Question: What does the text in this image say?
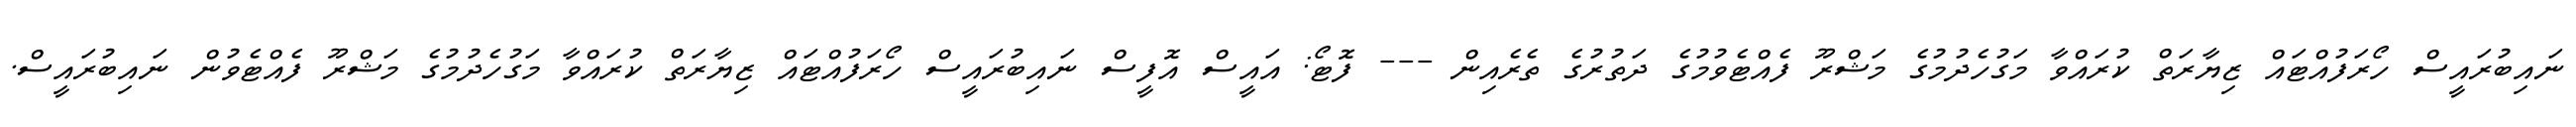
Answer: ނައިބުރައީސް ހޯރަފުއްޓައް ޒިޔާރަތް ކުރައްވާ މަގުހެދުމުގެ މަޝްރޫ ފެއްޓެވުމުގެ ދަތުރުގެ ތެރެއިން --- ފޮޓޯ: އައީސް އޮފީސް ނައިބުރައީސް ހޯރަފުއްޓައް ޒިޔާރަތް ކުރައްވާ މަގުހެދުމުގެ މަޝްރޫ ފެއްޓެވުން ނައިބުރައީސް.